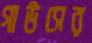
গাউসের